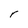
Character: r